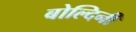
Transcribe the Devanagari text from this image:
बोल्दिनी